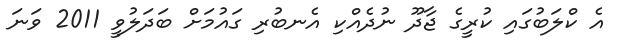
އެ ކްލަބުގައި ކުރީގެ ޖާދޫ ނުދެއްކި އެނބުރި ގައުމަށް ބަދަލުވީ 2011 ވަނަ